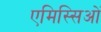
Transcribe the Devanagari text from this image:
एमिस्सिओं